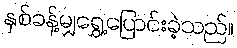
နှစ်ခန့်မျှရွှေ့ပြောင်းခဲ့သည်။